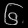
Digit: ၆